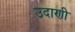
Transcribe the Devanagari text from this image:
उदाणी